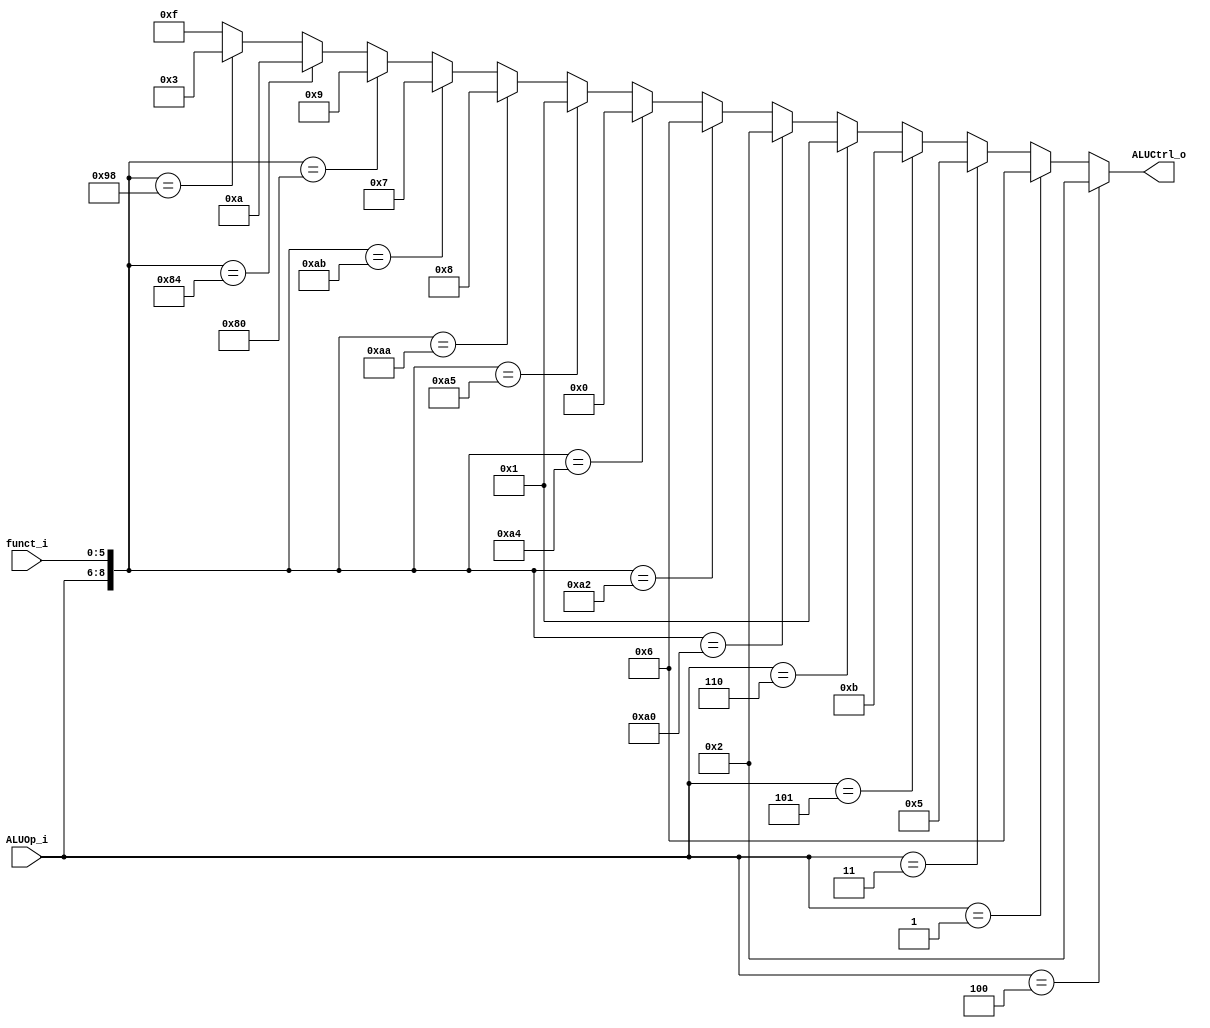
//Writer:      0416021 0416246

module ALU_Ctrl(
          funct_i,
          ALUOp_i,
          ALUCtrl_o
          );
          
//I/O ports 
input      [6-1:0] funct_i;
input      [3-1:0] ALUOp_i;

output     [4-1:0] ALUCtrl_o;    
     
//Internal Signals
reg        [4-1:0] ALUCtrl_o;

//Parameter

       
//Select exact operation
always@( * )
begin
	if(ALUOp_i == 3'b100) ALUCtrl_o = 4'b0010; //addi, lw 2
	else if(ALUOp_i == 3'b001) ALUCtrl_o = 4'b0110; //beq 6
	else if(ALUOp_i == 3'b011) ALUCtrl_o = 4'b0101; //bne 5
	else if(ALUOp_i == 3'b101) ALUCtrl_o = 4'b1011; //lui 11
	else if(ALUOp_i == 3'b110) ALUCtrl_o = 4'b0001; //ori 1
	else if({ALUOp_i, funct_i} == 9'b010100000) ALUCtrl_o = 4'b0010; //add 2
	else if({ALUOp_i, funct_i} == 9'b010100010) ALUCtrl_o = 4'b0110; //sub 6
	else if({ALUOp_i, funct_i} == 9'b010100100) ALUCtrl_o = 4'b0000; //and 0
	else if({ALUOp_i, funct_i} == 9'b010100101) ALUCtrl_o = 4'b0001; //or 1
	else if({ALUOp_i, funct_i} == 9'b010101010) ALUCtrl_o = 4'b1000; //slt 8
	else if({ALUOp_i, funct_i} == 9'b010101011) ALUCtrl_o = 4'b0111; //sltu 7
	else if({ALUOp_i, funct_i} == 9'b010000000) ALUCtrl_o = 4'b1001; //sll 9
	else if({ALUOp_i, funct_i} == 9'b010000100) ALUCtrl_o = 4'b1010; //sllv 10
	else if({ALUOp_i, funct_i} == 9'b010011000) ALUCtrl_o = 4'b0011; //mul 3 
	else ALUCtrl_o = 4'b1111;
end

endmodule